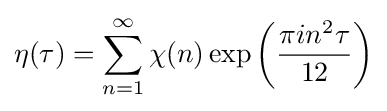
\eta (\tau )=\sum _{n=1}^{\infty }\chi (n)\exp \left({\frac {\pi in^{2}\tau }{12}}\right)